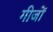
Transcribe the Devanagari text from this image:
गीजों